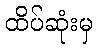
ထိပ်ဆုံးမှ